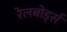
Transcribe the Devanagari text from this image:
रेलबोर्ड्स